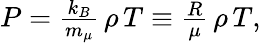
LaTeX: \begin{array}{r}{P={\frac{k_{B}}{m_{\mu}}}\, \rho\, T\equiv{\frac{R}{\mu}}\, \rho\, T,}\end{array}